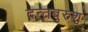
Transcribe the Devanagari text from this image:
दन्तबुरुश